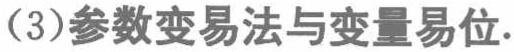
(3)参数变易法与变量易位.